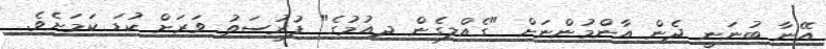
އޭނާ ބުނަނީ ދެން އާންމުންނަށް "ގެއްލިގެން ދިއުމުގެ" ފުރުސަތު ވަރަށް ކުޑަ ކަމަށެވެ.